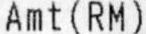
AMT (RM)